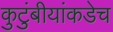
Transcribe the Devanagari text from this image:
कुटुंबीयांकडेच